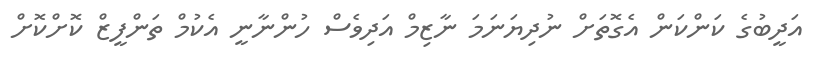
އަދީބުގެ ކަންކަން އެގޮތަށް ނުދިޔަނަމަ ނާޒިމް އަދިވެސް ހުންނާނީ އެކުމް ތަންފީޒް ކޮށްކޮށް